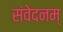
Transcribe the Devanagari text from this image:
संवेदनम्‌